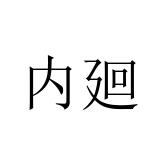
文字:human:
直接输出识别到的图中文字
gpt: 内廻